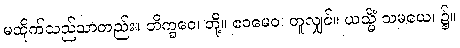
မထိုက်သည်သာတည်း။ ဘိက္ခဝေ၊ တို့။ ဧဝမေဝ၊ တူလျှင်။ ယသ္မိံ သမယေ၊ ၌။